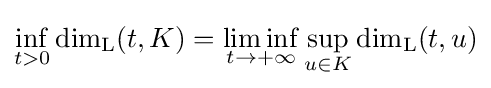
\inf _{t>0}\dim _{\rm {L}}(t,K)=\liminf _{t\to +\infty }\sup \limits _{u\in K}\dim _{\rm {L}}(t,u)